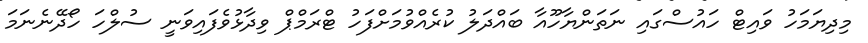
މިދިޔަމަހު ވައިޓް ހައުސްގައި ނަތަންޔާހޫއާ ބައްދަލު ކުރެއްވުމަށްފަހު ޓްރަމްޕް ވިދާޅުވެފައިވަނީ ސުލްހަ ހޯދޭނެނަމަ